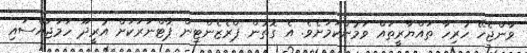
ވާންޖެހޭ ހުރިހާ ތައްޔާރީތައް ވަމުންކަމަށެވެ. އެ ގޮތުން ޕްރެޒެންޓިން ޕާޓްނަރަކަށް އުރީދޫ ހަމަޖައްސައި